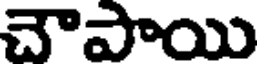
చౌపాయి